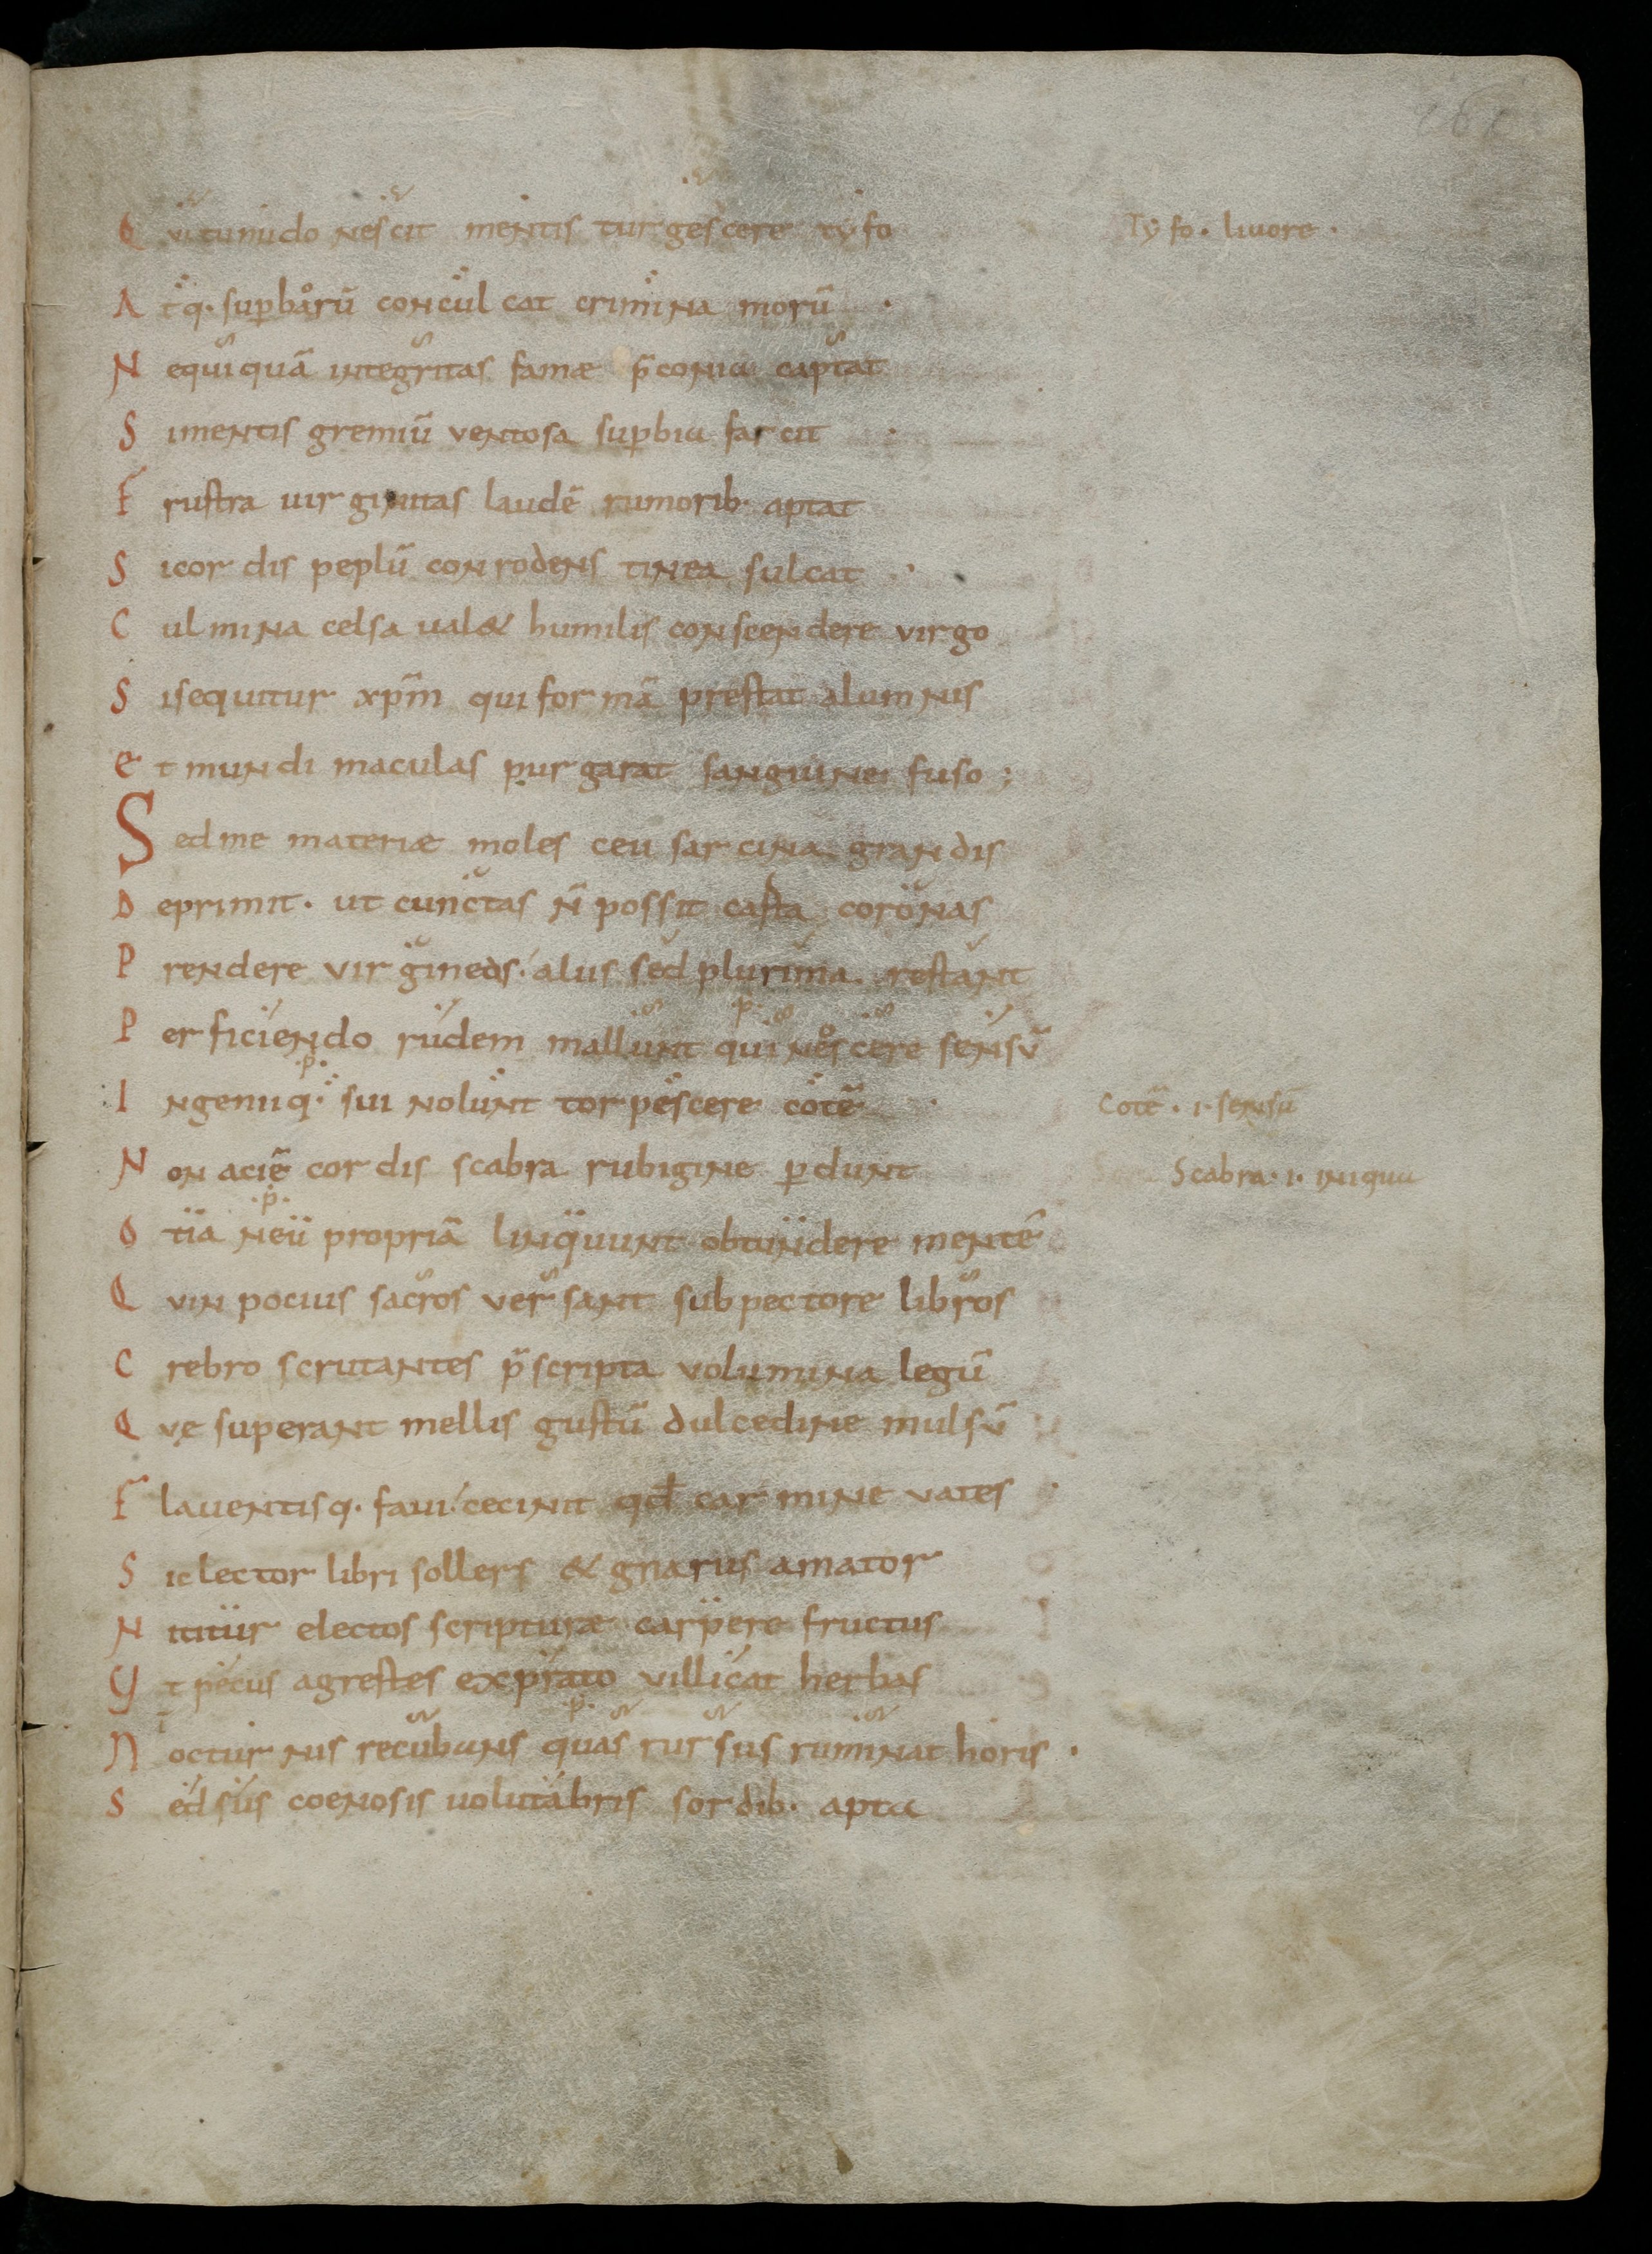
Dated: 900–999